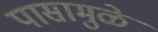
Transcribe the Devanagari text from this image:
पासामुळे